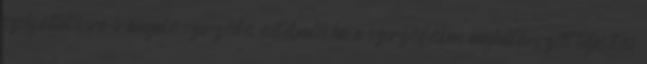
szolgáltatásra irányuló szerződés esetében, ha a szerződésben meghatározott teljesítési